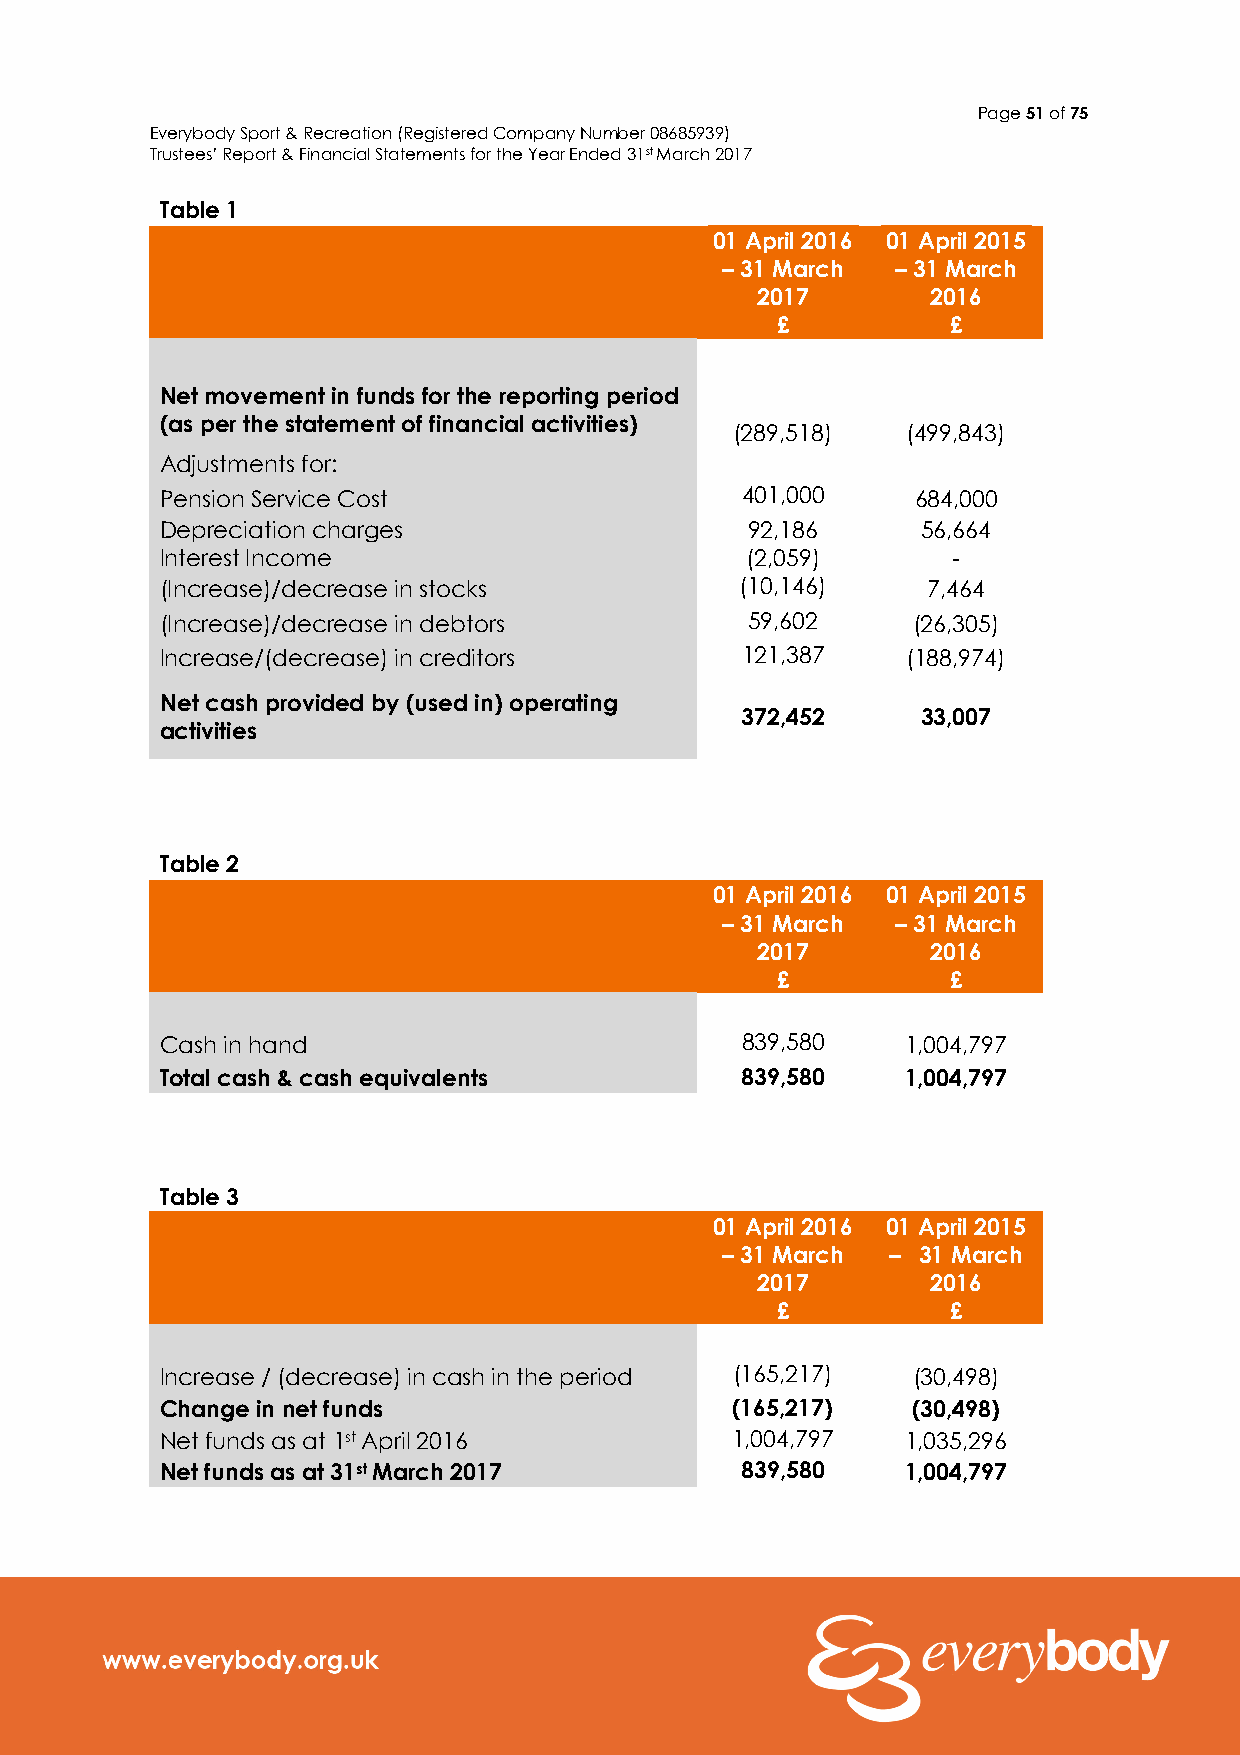
Page 51 of 75
 Everybody Sport & Recreation (Registered Company Number 08685939)
 Trustees’ Report & Financial Statements for the Year Ended 31st March 2017
 Table 1
 01 April 2016 01 April 2015
 – 31 March – 31 March
 2017        2016
 £           £
 Net movement in funds for the reporting period
 (as per the statement of financial activities)
 (289,518)  (499,843)
 Adjustments for:
 Pension Service Cost                  401,000     684,000
 Depreciation charges                   92,186     56,664
 Interest Income                       (2,059)       -
 (Increase)/decrease in stocks         (10,146)    7,464
 (Increase)/decrease in debtors         59,602    (26,305)
 Increase/(decrease) in creditors      121,387    (188,974)
 Net cash provided by (used in) operating
 372,452     33,007
 activities
 Table 2
 01 April 2016 01 April 2015
 – 31 March – 31 March
 2017        2016
 £           £
 Cash in hand                          839,580    1,004,797
 Total cash & cash equivalents         839,580    1,004,797
 Table 3
 01 April 2016 01 April 2015
 – 31 March – 31 March
 2017        2016
 £           £
 Increase / (decrease) in cash in the period (165,217) (30,498)
 Change in net funds                  (165,217)   (30,498)
 Net funds as at 1st April 2016       1,004,797   1,035,296
 Net funds as at 31st March 2017       839,580    1,004,797